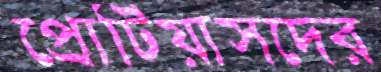
প্রোটিয়াসদের